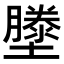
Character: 𭐂